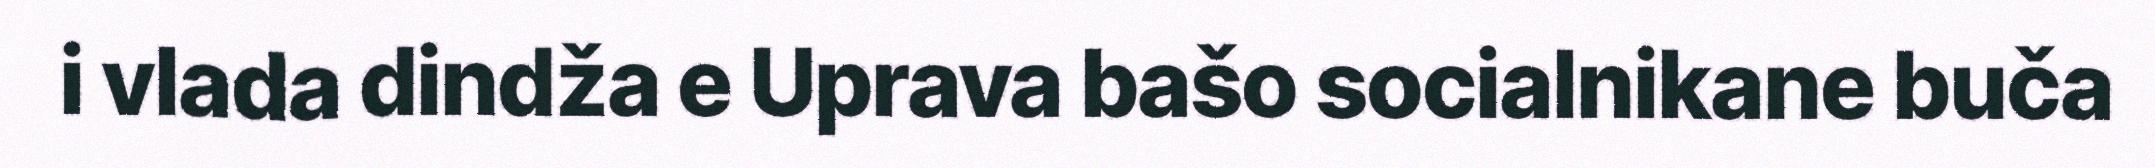
i vlada dindža e Uprava bašo socialnikane buča